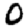
Digit: 0